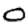
Digit: 0